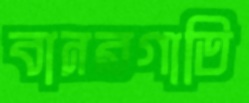
বানরগাতি